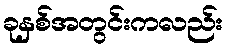
ခုနှစ်အတွင်းကလည်း